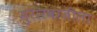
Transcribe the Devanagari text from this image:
मुरारबाजीला